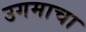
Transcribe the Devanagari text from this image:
उगमाचा